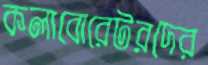
কলাবোরেটরদের